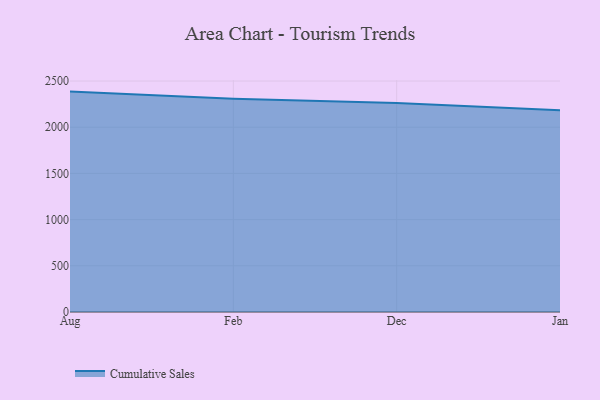
{"axis": {"x": "Month", "y": "Churn Rate (%)"}, "legend": ["Cumulative Sales"], "data": [{"x": "Aug", "y": 2385.5, "type": "Cumulative Sales"}, {"x": "Feb", "y": 2308.2, "type": "Cumulative Sales"}, {"x": "Dec", "y": 2261.4, "type": "Cumulative Sales"}, {"x": "Jan", "y": 2182.9, "type": "Cumulative Sales"}]}